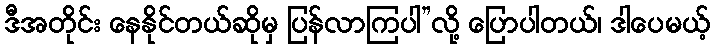
ဒီအတိုင်း နေနိုင်တယ်ဆိုမှ ပြန်လာကြပါ”လို့ ပြောပါတယ်၊ ဒါပေမယ့်